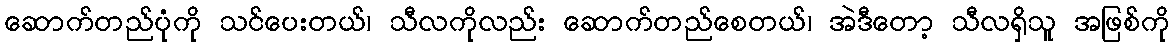
ဆောက်တည်ပုံကို သင်ပေးတယ်၊ သီလကိုလည်း ဆောက်တည်စေတယ်၊ အဲဒီတော့ သီလရှိသူ အဖြစ်ကို